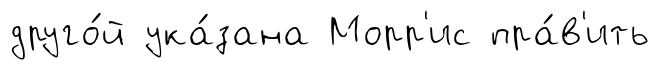
друго́й ука́зана Морр'ис пра́в'ить